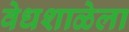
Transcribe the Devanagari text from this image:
वेधशाळेला